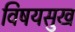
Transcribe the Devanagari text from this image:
विषयसुख